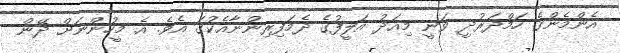
އެންމެންގެ ހަމްދަރުދީ ވަނީ މިއަދު އަލީފުގެ ދެމަފިރިންނާއެކުގަ އެވެ. އެ މީހުންނަށް ދޭން